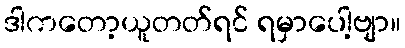
ဒါကတော့ယူတတ်ရင် ရမှာပေါ့ဗျာ။